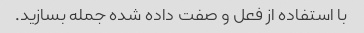
با استفاده از فعل و صفت داده شده جمله بسازید.